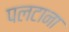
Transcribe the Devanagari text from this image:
पलटाना